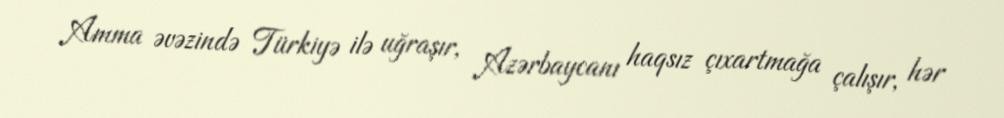
Amma əvəzində Türkiyə ilə uğraşır, Azərbaycanı haqsız çıxartmağa çalışır, hər